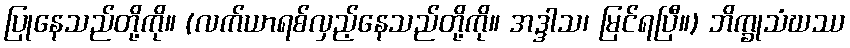
ပြုနေသည်တို့ကို။ (လက်ယာရစ်လှည့်နေသည်တို့ကို။ အဒ္ဒါသ၊ မြင်ရပြီ။) ဘိက္ခုသံဃဿ